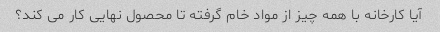
آیا کارخانه با همه چیز از مواد خام گرفته تا محصول نهایی کار می کند؟